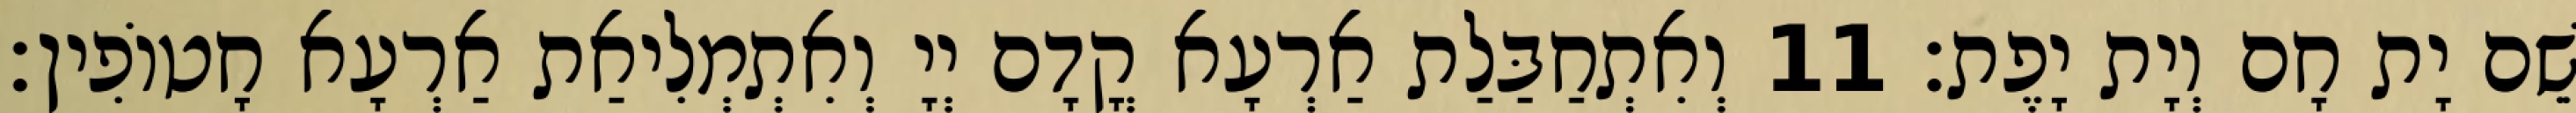
שֵׁם יָת חָם וְיָת יָפֶת׃ 11 וְאִתְחַבַּלַת אַרְעָא קֳדָם יְיָ וְאִתְמְלִיאַת אַרְעָא חָטוֹפִין׃